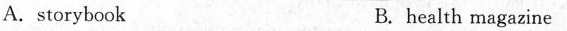
A.storybook B.health magazine